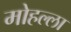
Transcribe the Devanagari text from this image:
मोहल्‍ला